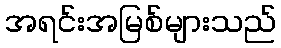
အရင်းအမြစ်များသည်